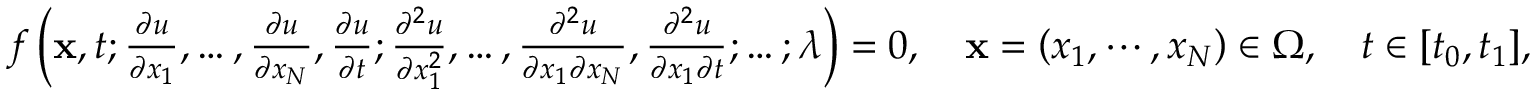
\begin{array} { r } { f \left( \mathbf { x } , t ; \frac { \partial u } { \partial x _ { 1 } } , \ldots , \frac { \partial u } { \partial x _ { N } } , \frac { \partial u } { \partial t } ; \frac { \partial ^ { 2 } u } { \partial x _ { 1 } ^ { 2 } } , \ldots , \frac { \partial ^ { 2 } u } { \partial x _ { 1 } \partial x _ { N } } , \frac { \partial ^ { 2 } u } { \partial x _ { 1 } \partial t } ; \ldots ; \boldsymbol { \lambda } \right) = 0 , \quad \mathbf { x } = \left( x _ { 1 } , \cdots , x _ { N } \right) \in \Omega , \quad t \in [ t _ { 0 } , t _ { 1 } ] , } \end{array}